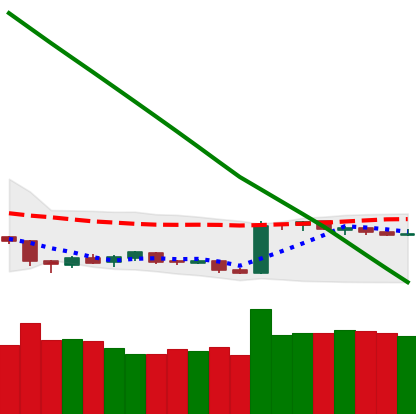
Ticker: BTC-USD
Chart end date: 2019-02-15
Forward return: 10.467%
Label: up_7plus